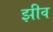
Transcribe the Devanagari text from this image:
झीव